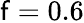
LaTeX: \mathsf{f}=0.6